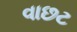
વાછટ